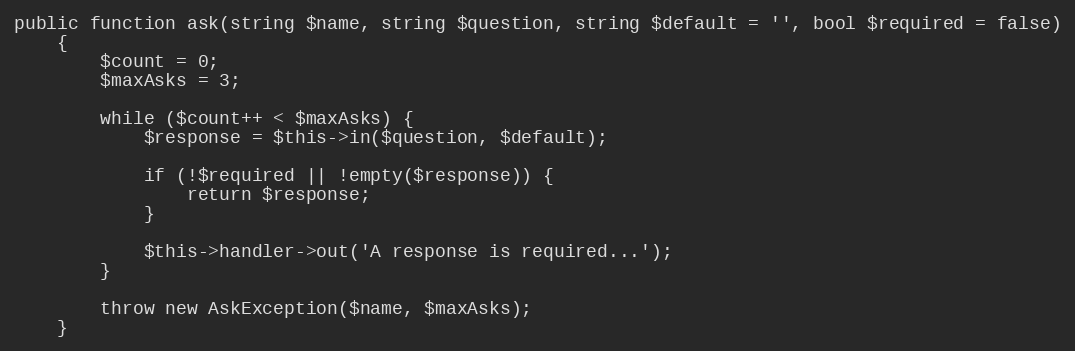
Language: PHP
public function ask(string $name, string $question, string $default = '', bool $required = false)
    {
        $count = 0;
        $maxAsks = 3;

        while ($count++ < $maxAsks) {
            $response = $this->in($question, $default);

            if (!$required || !empty($response)) {
                return $response;
            }

            $this->handler->out('A response is required...');
        }

        throw new AskException($name, $maxAsks);
    }